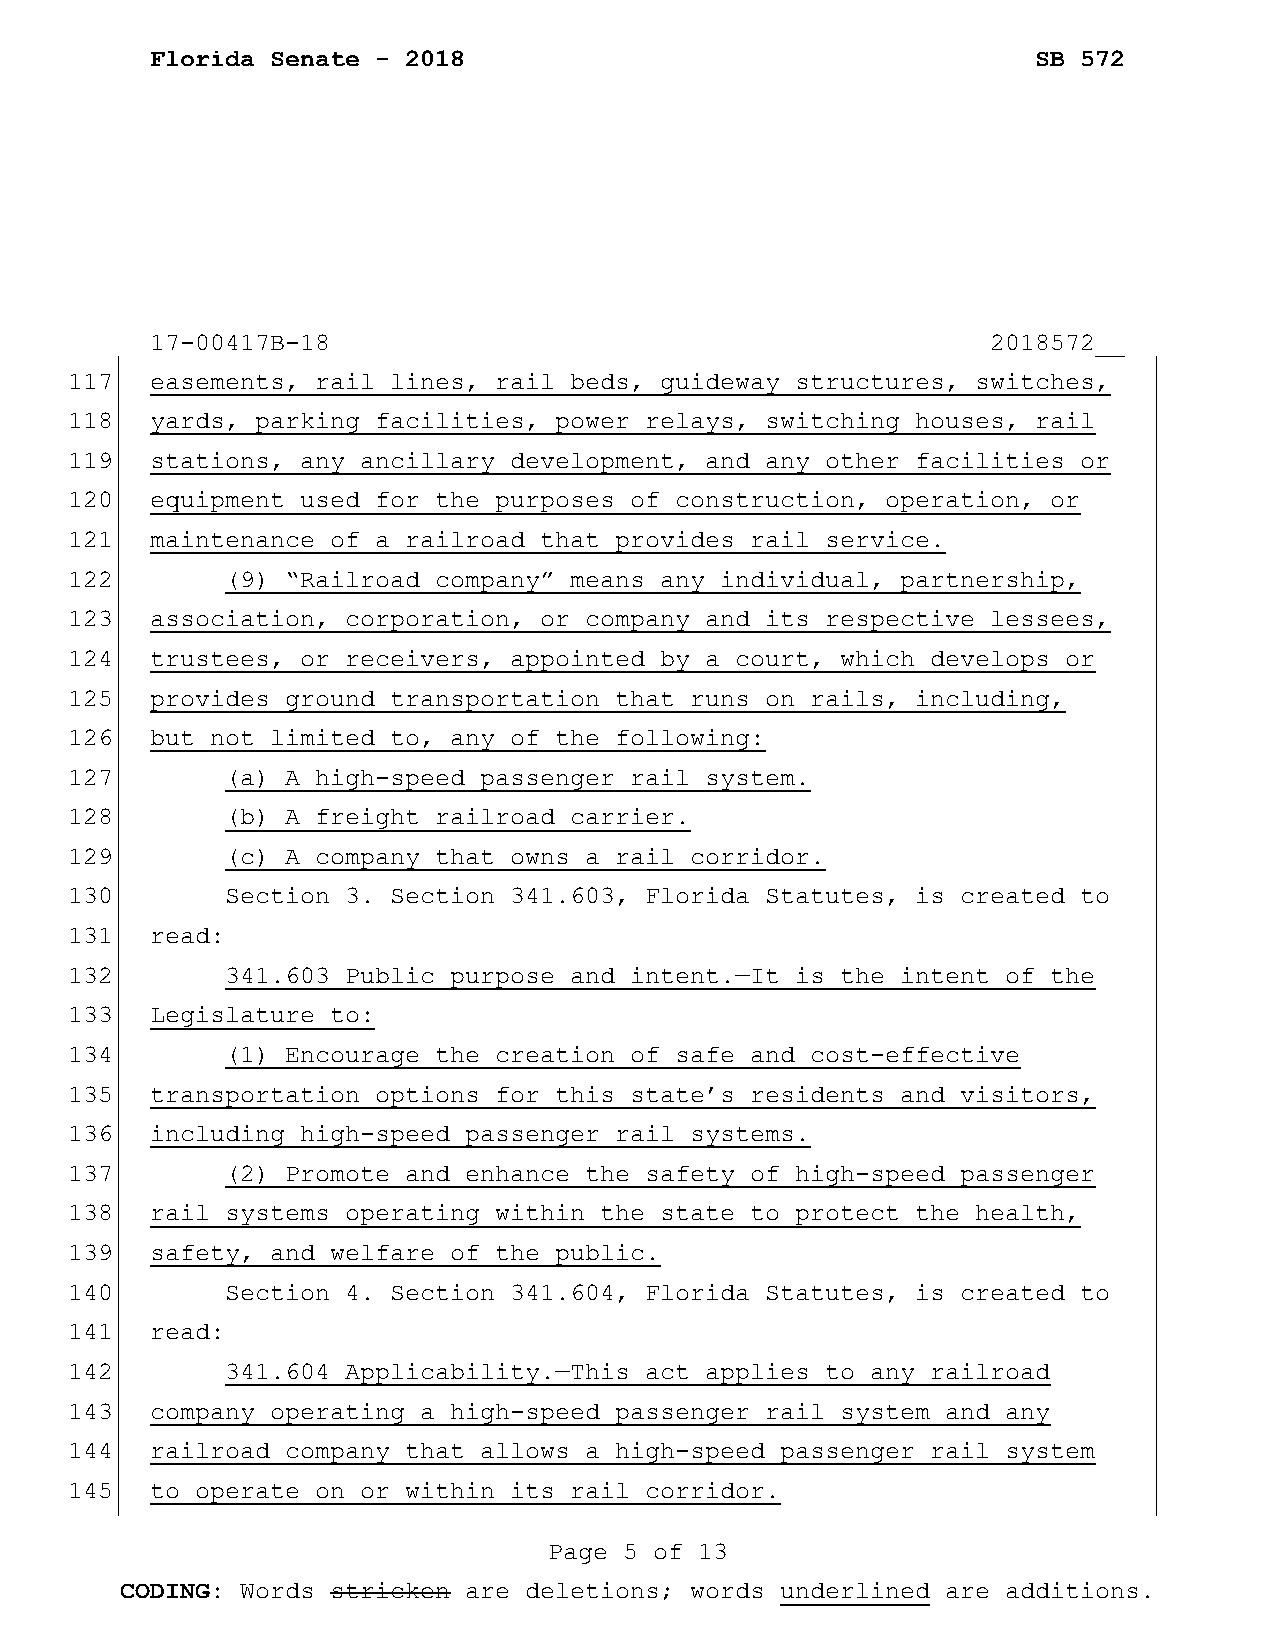
Florida Senate - 2018                                      SB 572
 17-00417B-18                                            2018572__
 117   easements, rail lines, rail beds, guideway structures, switches,
 118   yards, parking facilities, power relays, switching houses, rail
 119   stations, any ancillary development, and any other facilities or
 120   equipment used for the purposes of construction, operation, or
 121   maintenance of a railroad that provides rail service.
 122        (9) “Railroad company” means any individual, partnership,
 123   association, corporation, or company and its respective lessees,
 124   trustees, or receivers, appointed by a court, which develops or
 125   provides ground transportation that runs on rails, including,
 126   but not limited to, any of the following:
 127        (a) A high-speed passenger rail system.
 128        (b) A freight railroad carrier.
 129        (c) A company that owns a rail corridor.
 130        Section 3. Section 341.603, Florida Statutes, is created to
 131   read:
 132        341.603 Public purpose and intent.—It is the intent of the
 133   Legislature to:
 134        (1) Encourage the creation of safe and cost-effective
 135   transportation options for this state’s residents and visitors,
 136   including high-speed passenger rail systems.
 137        (2) Promote and enhance the safety of high-speed passenger
 138   rail systems operating within the state to protect the health,
 139   safety, and welfare of the public.
 140        Section 4. Section 341.604, Florida Statutes, is created to
 141   read:
 142        341.604 Applicability.—This act applies to any railroad
 143   company operating a high-speed passenger rail system and any
 144   railroad company that allows a high-speed passenger rail system
 145   to operate on or within its rail corridor.
 Page 5 of 13
 CODING: Words stricken are deletions; words underlined are additions.